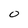
Character: 0